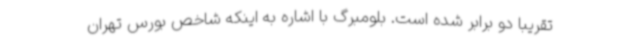
تقریبا دو برابر شده است. بلومبرگ با اشاره به اینکه شاخص بورس تهران